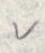
v